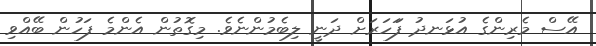
އޭސް މެރިންގެ އުޅަނދު ފަަހަރަށް ދަނީ ލިބެމުންނެވެ. މިގޮތުން އެންމެ ފަހުން ބޭއްވި